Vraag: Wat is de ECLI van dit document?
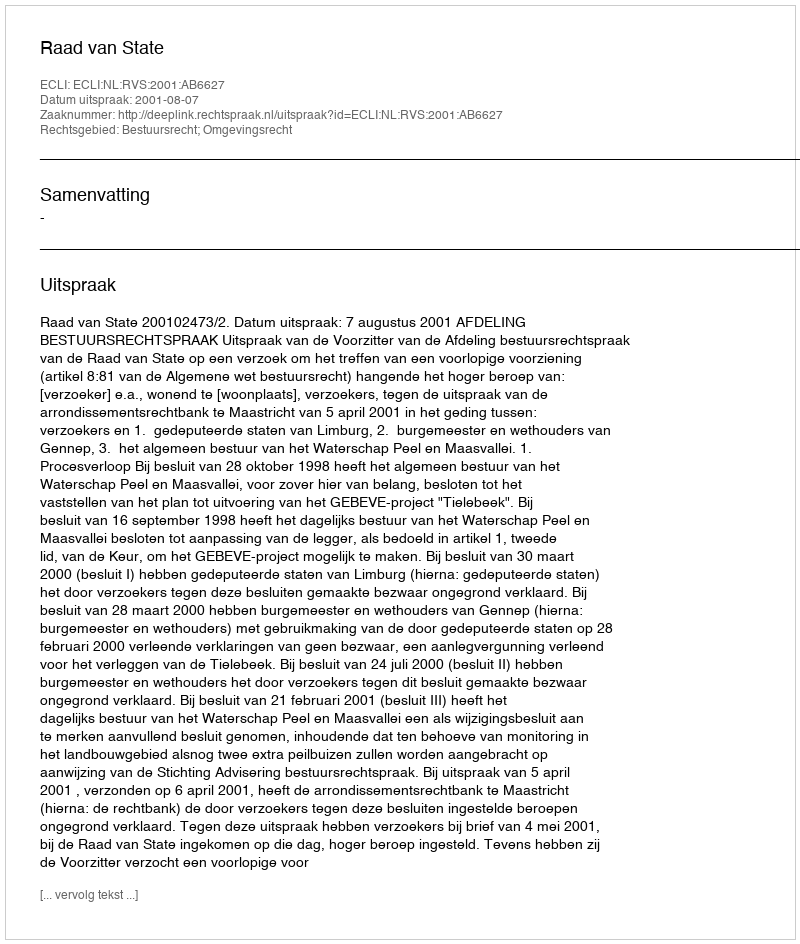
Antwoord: ECLI:NL:RVS:2001:AB6627